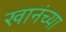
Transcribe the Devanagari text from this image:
खानंच्या